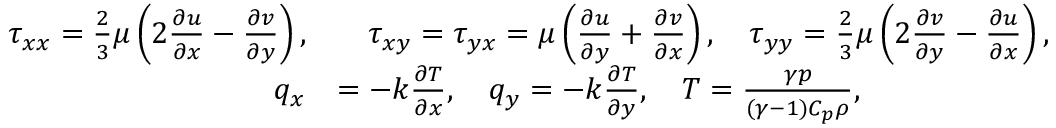
\begin{array} { r l } { \tau _ { x x } = \frac { 2 } { 3 } \mu \left( 2 \frac { \partial u } { \partial x } - \frac { \partial v } { \partial y } \right) , } & { \quad \tau _ { x y } = \tau _ { y x } = \mu \left( \frac { \partial u } { \partial y } + \frac { \partial v } { \partial x } \right) , \quad \tau _ { y y } = \frac { 2 } { 3 } \mu \left( 2 \frac { \partial v } { \partial y } - \frac { \partial u } { \partial x } \right) , } \\ { q _ { x } } & { = - k \frac { \partial T } { \partial x } , \quad q _ { y } = - k \frac { \partial T } { \partial y } , \quad T = \frac { \gamma p } { ( \gamma - 1 ) C _ { p } \rho } , } \end{array}